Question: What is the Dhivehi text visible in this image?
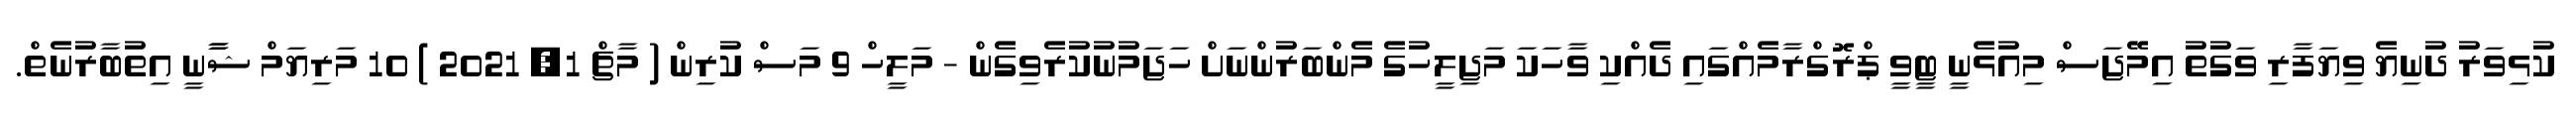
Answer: ކުޅިވަރު ދުނިޔެ ވިޔަފާރި ވަގުތު އިމޭޖަސް މިއުޅެނީ ޓީވީ ޕްރޮގްރާމެއްގައި ދެއްކި ވާހަކަ މަޖިލީހުގެ މެންބަރުންނަށް ހަޖަމުނުކުރެވިގެން - މަލީހް 9 މަސް ކުރިން ( މާޗް 1, 2021 ) 10 މަރިޔަމް ޝާާނީ އިތުބާރުނެތް.